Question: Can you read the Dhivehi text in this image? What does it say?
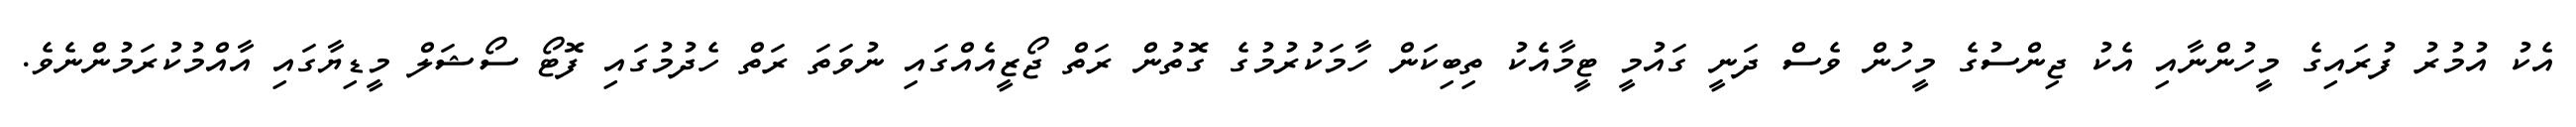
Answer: އެކު އުމުރު ފުރައިގެ މީހުންނާއި އެކު ޖިންސުގެ މީހުން ވެސް ދަނީ ގައުމީ ޓީމާއެކު ތިބިކަން ހާމަކުރުމުގެ ގޮތުން ރަތް ޖޯޒީއެއްގައި ނުވަތަ ރަތް ހެދުމުގައި ފޮޓޯ ސޯޝަލް މީޑިޔާގައި އާއްމުކުރަމުންނެވެ.